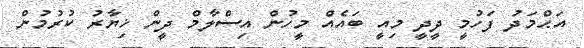
އަޙްމަދު ފަހުމީ ދީދީ މިއީ ބައެއް މީހުން އިސްލާމް ދީން ޚިޔާރު ކުރުމުން